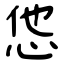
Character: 怹